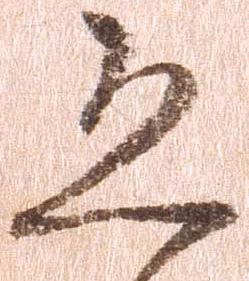
恐